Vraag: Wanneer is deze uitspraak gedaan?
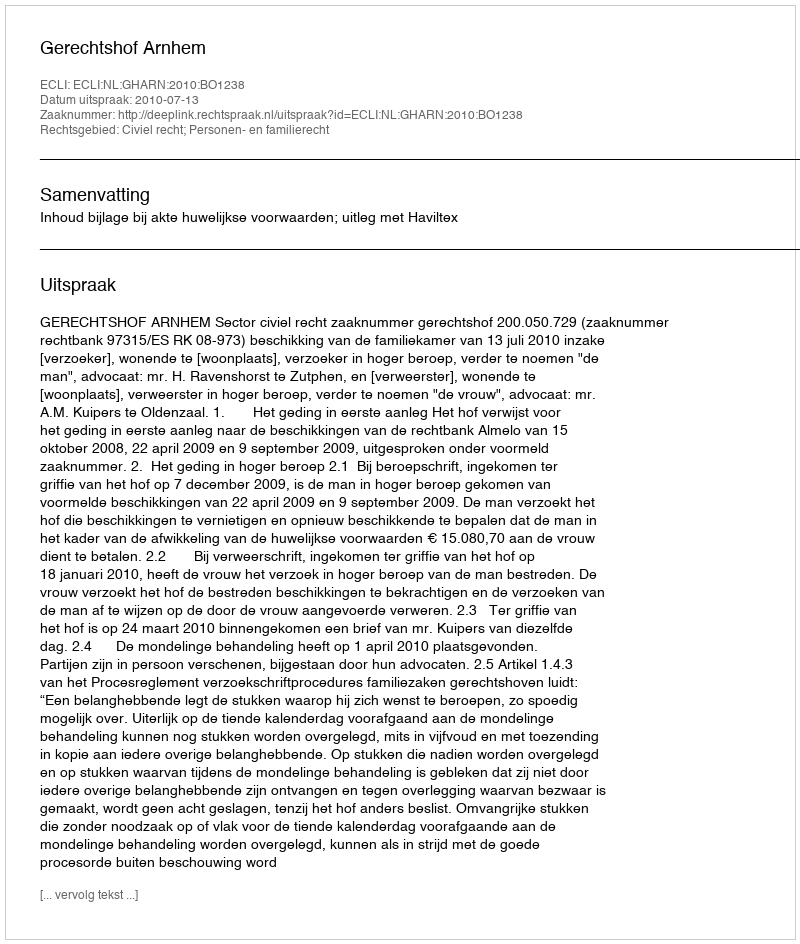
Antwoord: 2010-07-13